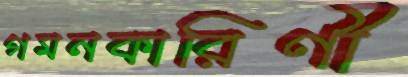
গমনকারিণী